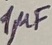
Text: 1µF